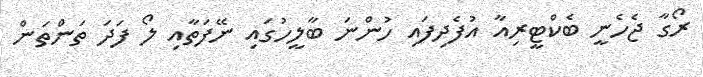
ރޯގާ ޖެހެނީ ބެކްޓީރިއާ އުފެދިފައި ހުންނަ ބާލީހުގައި ނޭފަތާއި ލޯ ފަދަ ތަންތަން